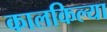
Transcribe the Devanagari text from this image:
कालकिल्या